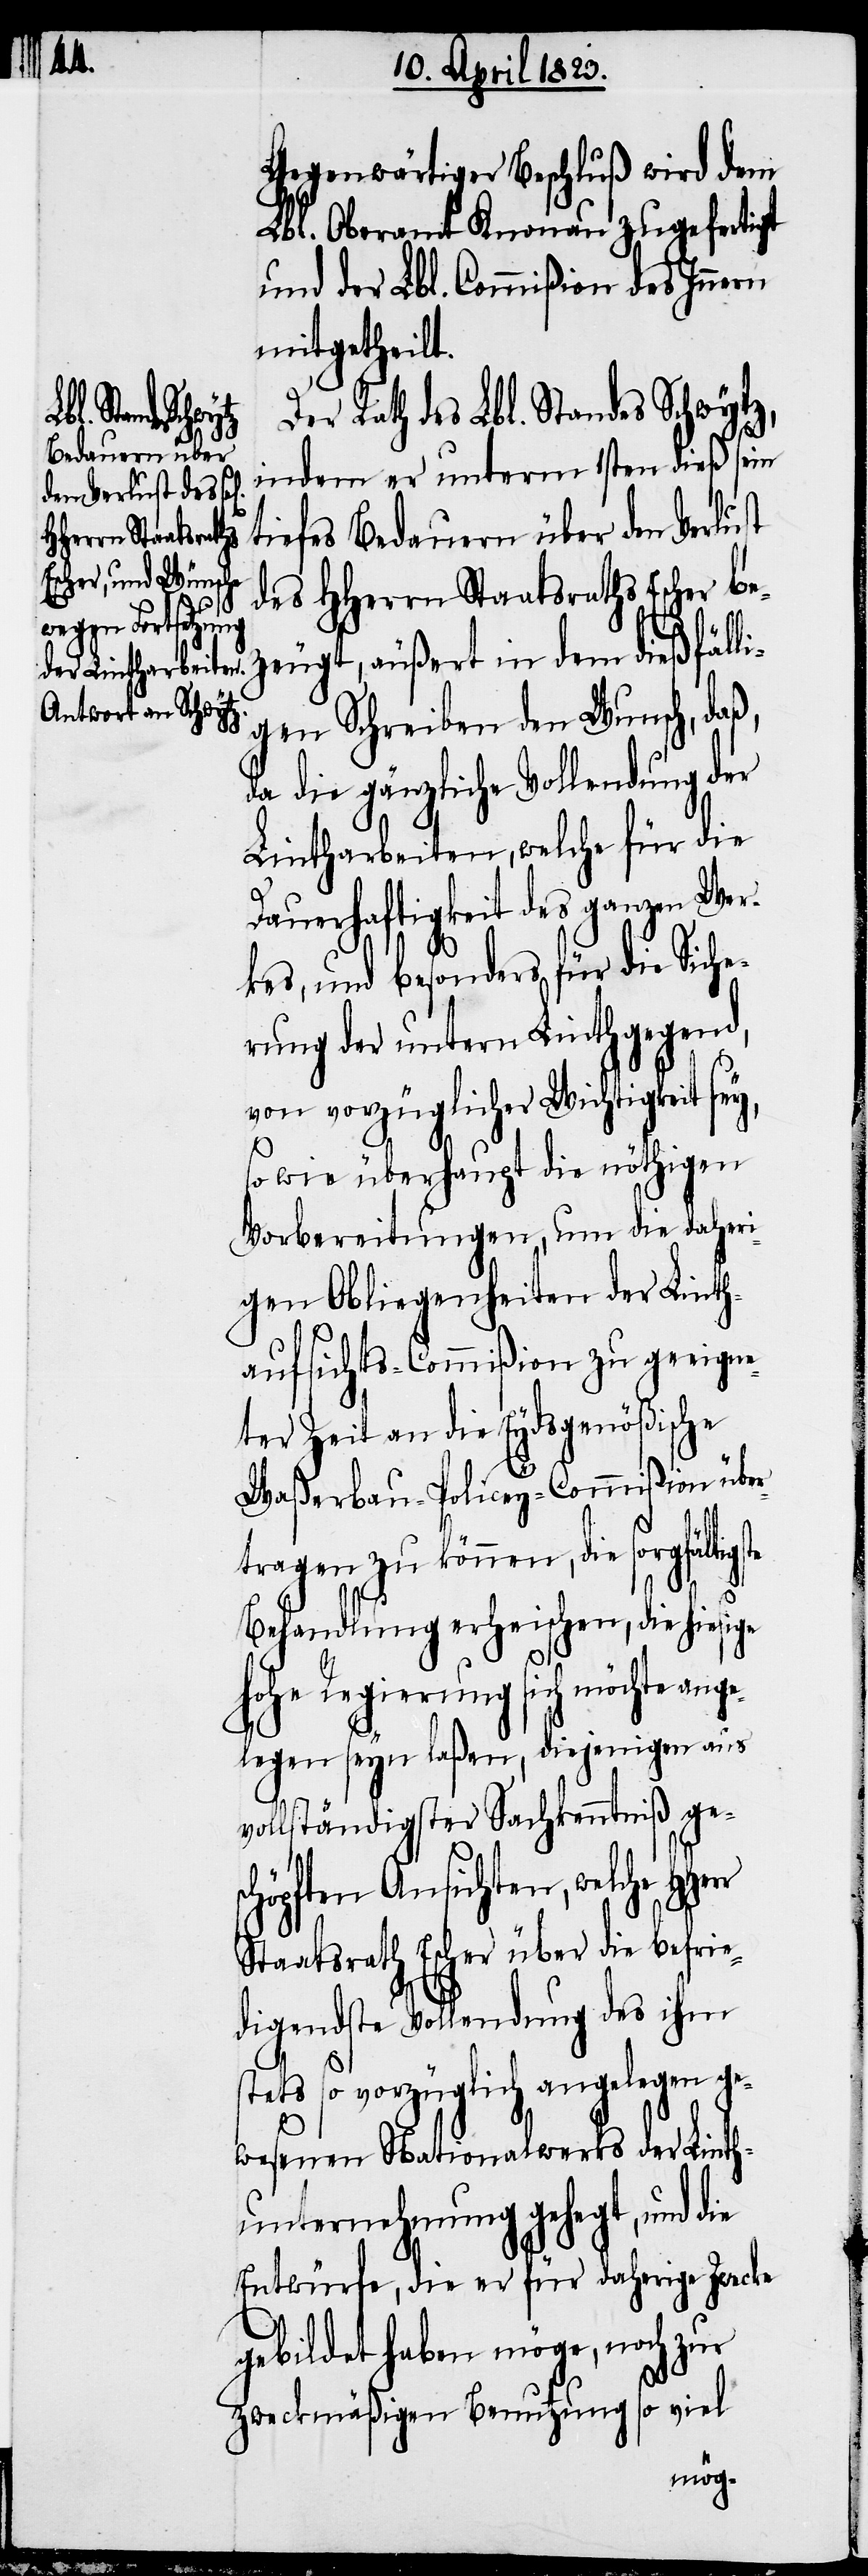
Gegenwärtiger Beschluß wird dem
Lbl. Oberamt Knonau zugefertigt
und der Lbl. Commißion des Innern
mitgetheilt.
Der Rath des Lbl. Standes Schwytz,
indem er unterm 1sten dieß sein
tiefes Bedauern über den Verlust
des HHerrn Staatsraths Escher be¬
zeugt, äußert in dem dießfälli¬
gen Schreiben den Wunsch, daß,
da die gänzliche Vollendung der
Lintharbeiten, welche für die
Dauerhaftigkeit des ganzen Wer¬
kes, und besonders für die Siche¬
rung der untern Linthgegend,
von vorzüglicher Wichtigkeit sey,
sc¬
so wie überhaupt die nöthigen
Vorbereitungen, um die daheri¬
gen Obliegenheiten der Linth¬
aufsichts-Commißion zu geeigne¬
ter Zeit an die Eydsgenößische
Waßerbau-Policey-Commißion übe¬
tragen zu können, die
Behandlung erheischen, die hiesige
hohe Regierung sich möchte ang¬
elegen seyn laßen, diejenigen aus
vollständigster Sachkenntniß ge¬
höpften Ansichten, welche
Staatsrath Escher über die befrie¬
digendste Vollendung des ihm
stets so vorzüglich angelegen ge¬
wesenen Nationalwerks der Linth¬
unternehmung gehegt, und die
Entwürfe, die er für daherige Zwecke
gebildet haben möge, noch zur
zweckmäßigen Benutzung so viel